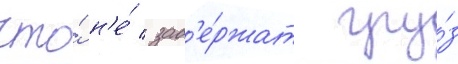
что́ н'е́ зад'е́ржат гру́з